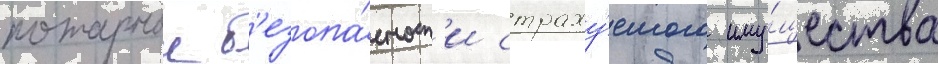
пожарнои б'езопа́сност'и страху́емого иму́щества